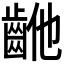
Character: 𱌝